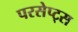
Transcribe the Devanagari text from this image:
परसेप्ट्स